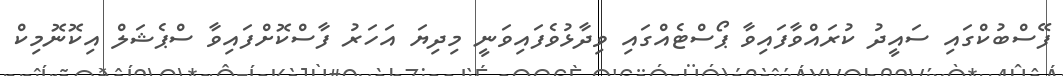
ފޭސްބުކްގައި ސައީދު ކުރައްވާފައިވާ ޕޯސްޓެއްގައި ވިދާޅުވެފައިވަނީ މިދިޔަ އަހަރު ފާސްކޮށްފައިވާ ސްޕެޝަލް އިކޮނޮމިކް